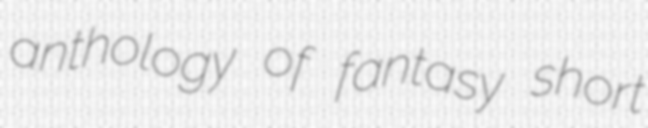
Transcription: anthology of fantasy short